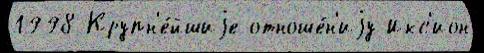
1998 Крупн'е́йшиjе отноше́н'иjу Икс'ион